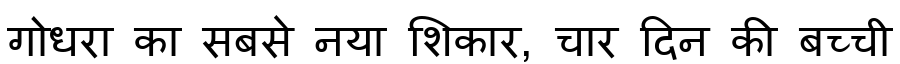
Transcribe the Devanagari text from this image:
गोधरा का सबसे नया शिकार, चार दिन की बच्ची